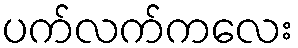
ပက်လက်ကလေး